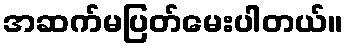
အဆက်မပြတ်မေးပါတယ်။